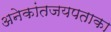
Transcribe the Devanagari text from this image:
अनेकांतजयपताका